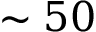
\sim 5 0